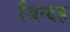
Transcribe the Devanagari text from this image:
जिन्दह